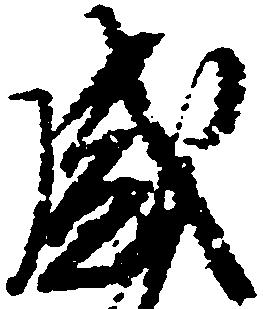
盛